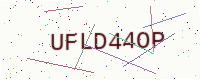
Text: UFLD44OP